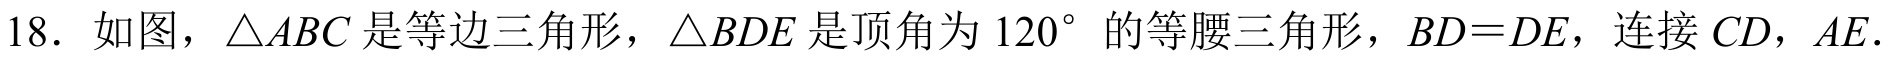
18. 如图，\(\triangle ABC\) 是等边三角形，\(\triangle BDE\) 是顶角为 \(120^{\circ}\) 的等腰三角形，\(BD = DE\)，连接 \(CD\)，\(AE\).